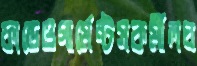
ফান্ডেওগার্মেন্টসকর্মীলঘ